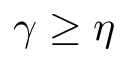
\gamma \geq \eta